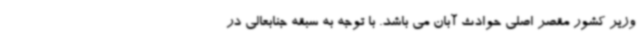
وزیر کشور مقصر اصلی حوادث آبان می باشد. با توجه به سبقه جنابعالی در